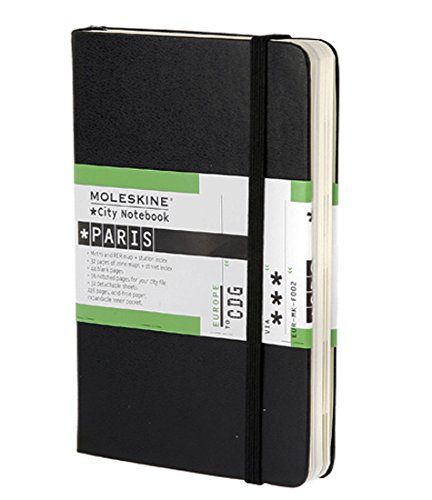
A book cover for Moleskine City Notebook - Paris, Pocket, Black, Hard Cover (3.5 x 5.5) (City Notebooks); Moleskine; Travel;